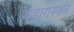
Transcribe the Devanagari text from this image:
मेडागस्कर